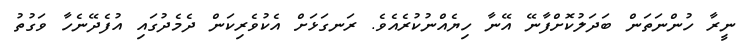
ނީރާ ހުންނަތަން ބަދަލުކޮށްފާނޭ އޭނާ ހިޔެއްނުކުރެއެވެ. ރަނގަޅަށް އެކުވެރިކަން ދެމެދުގައި އުފެދޭނެހާ ވަގުތު